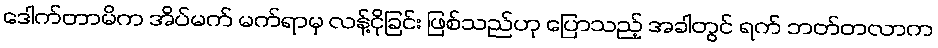
ဒေါက်တာမိက အိပ်မက် မက်ရာမှ လန့်ငိုခြင်း ဖြစ်သည်ဟု ပြောသည့် အခါတွင် ရက် ဘတ်တလာက